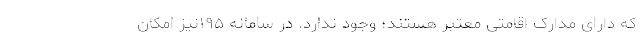
که دارای مدارک اقامتی معتبر هستند؛ وجود ندارد. در سامانه ۱۹۵نیز امکان